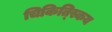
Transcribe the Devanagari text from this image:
चिकित्स्किय